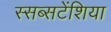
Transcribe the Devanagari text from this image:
स्सब्सटेंशिया